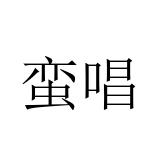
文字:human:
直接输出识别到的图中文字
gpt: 蛮唱